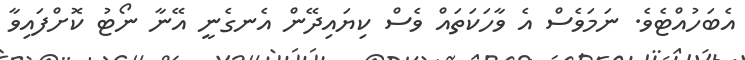
އެބަހުއްޓެވެ. ނަމަވެސް އެ ވާހަކަތައް ވެސް ކިޔައިދޭން އެނގެނީ އޭނާ ނޯޓު ކޮށްފައިވާ